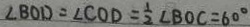
\angle B O D = \angle C O D = \frac { 1 } { 2 } \angle B O C = 6 0 ^ { \circ }